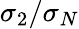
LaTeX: \sigma_{2}/\sigma_{N}